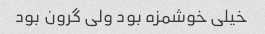
خیلی خوشمزه بود ولی گرون بود